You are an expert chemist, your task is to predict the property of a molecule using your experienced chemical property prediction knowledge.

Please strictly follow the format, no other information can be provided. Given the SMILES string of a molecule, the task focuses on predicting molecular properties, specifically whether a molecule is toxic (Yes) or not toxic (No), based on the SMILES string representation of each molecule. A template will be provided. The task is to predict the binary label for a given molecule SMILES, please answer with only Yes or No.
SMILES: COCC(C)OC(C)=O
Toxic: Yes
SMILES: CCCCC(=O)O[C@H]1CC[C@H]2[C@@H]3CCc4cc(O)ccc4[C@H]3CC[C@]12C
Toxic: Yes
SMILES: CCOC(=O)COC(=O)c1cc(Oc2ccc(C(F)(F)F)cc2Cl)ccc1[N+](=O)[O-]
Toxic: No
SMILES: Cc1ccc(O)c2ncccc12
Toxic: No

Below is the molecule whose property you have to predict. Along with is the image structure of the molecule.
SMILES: O=C([O-])c1cc(O)c2c3nc4ccccc4oc-3cc(=O)c2n1
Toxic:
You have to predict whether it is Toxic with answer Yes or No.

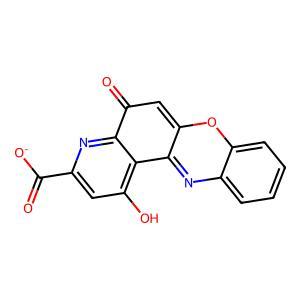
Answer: No